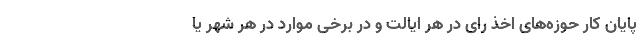
پایان کار حوزه‌های اخذ رای در هر ایالت و در برخی موارد در هر شهر یا